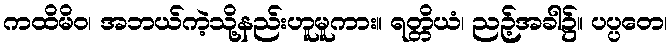
ကထိမိဝ၊ အဘယ်ကဲ့သို့နည်းဟူမူကား။ ရတ္တိယံ၊ ညဉ့်အခါ၌။ ပပ္ပတေ၊